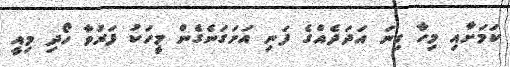
ކަމަށާއި މިހާ ގިނަ އަދަދެއްގެ ފަނި އަށަގަނެގެން މީހަކު ފަރުވާ ހޯދި މިއީ